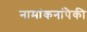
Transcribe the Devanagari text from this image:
नामांकनांपैकी